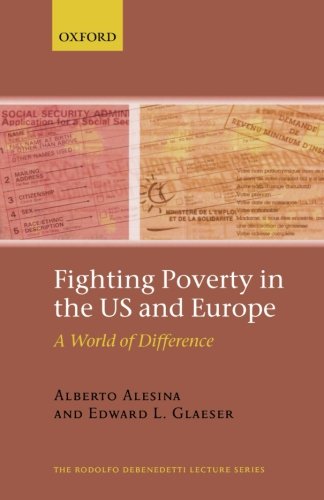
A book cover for Fighting Poverty in the US and Europe: A World of Difference (The Rodolfo De Benedetti Lecture Series); Alberto Alesina; Business & Money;